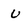
Character: u